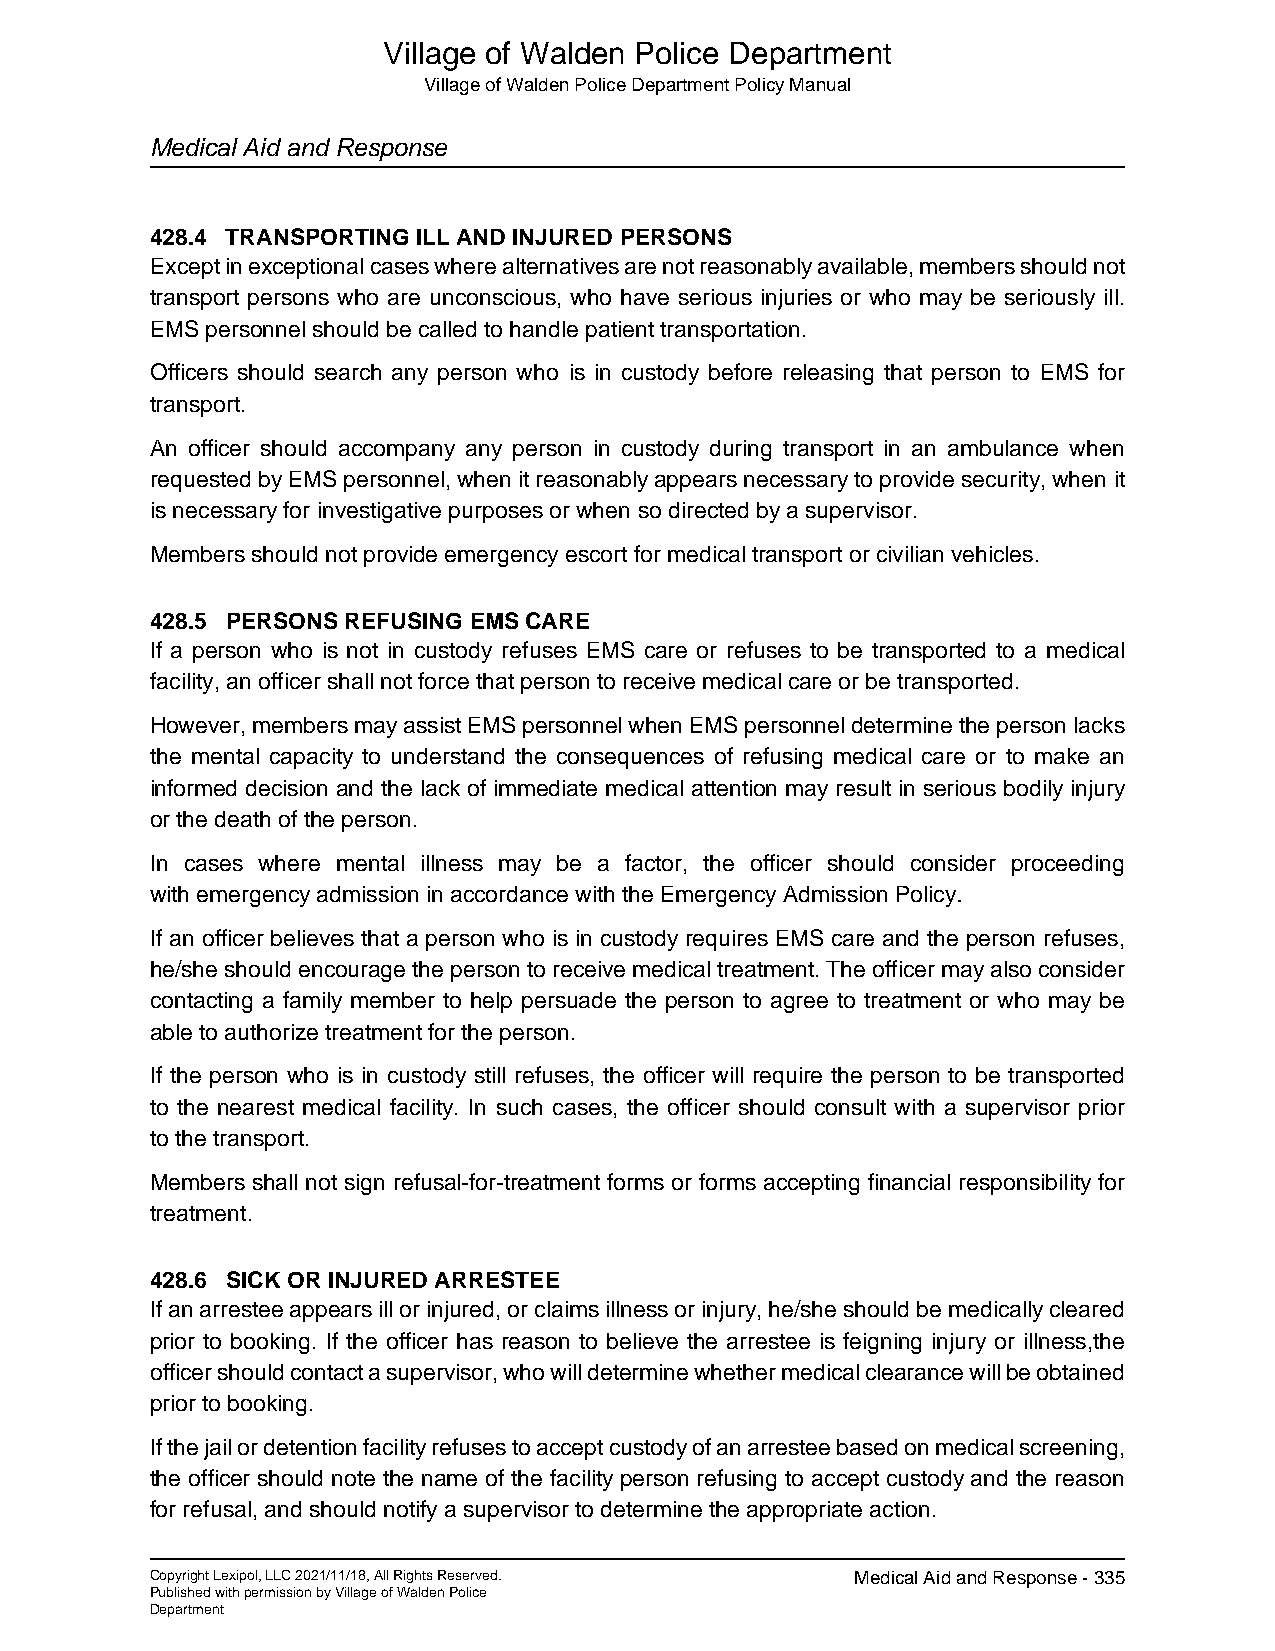
Village of Walden Police Department
 Village of Walden Police Department Policy Manual
 Medical Aid and Response
 428.4 TRANSPORTING ILL AND INJURED PERSONS
 Except in exceptional cases where alternatives are not reasonably available, members should not
 transport persons who are unconscious, who have serious injuries or who may be seriously ill.
 EMS personnel should be called to handle patient transportation.
 Officers should search any person who is in custody before releasing that person to EMS for
 transport.
 An officer should accompany any person in custody during transport in an ambulance when
 requested by EMS personnel, when it reasonably appears necessary to provide security, when it
 is necessary for investigative purposes or when so directed by a supervisor.
 Members should not provide emergency escort for medical transport or civilian vehicles.
 428.5 PERSONS REFUSING EMS CARE
 If a person who is not in custody refuses EMS care or refuses to be transported to a medical
 facility, an officer shall not force that person to receive medical care or be transported.
 However, members may assist EMS personnel when EMS personnel determine the person lacks
 the mental capacity to understand the consequences of refusing medical care or to make an
 informed decision and the lack of immediate medical attention may result in serious bodily injury
 or the death of the person.
 In cases where mental illness may be a factor, the officer should consider proceeding
 with emergency admission in accordance with the Emergency Admission Policy.
 If an officer believes that a person who is in custody requires EMS care and the person refuses,
 he/she should encourage the person to receive medical treatment. The officer may also consider
 contacting a family member to help persuade the person to agree to treatment or who may be
 able to authorize treatment for the person.
 If the person who is in custody still refuses, the officer will require the person to be transported
 to the nearest medical facility. In such cases, the officer should consult with a supervisor prior
 to the transport.
 Members shall not sign refusal-for-treatment forms or forms accepting financial responsibility for
 treatment.
 428.6 SICK OR INJURED ARRESTEE
 If an arrestee appears ill or injured, or claims illness or injury, he/she should be medically cleared
 prior to booking. If the officer has reason to believe the arrestee is feigning injury or illness,the
 officer should contact a supervisor, who will determine whether medical clearance will be obtained
 prior to booking.
 If the jail or detention facility refuses to accept custody of an arrestee based on medical screening,
 the officer should note the name of the facility person refusing to accept custody and the reason
 for refusal, and should notify a supervisor to determine the appropriate action.
 Copyright Lexipol, LLC 2021/11/18, All Rights Reserved. Medical Aid and Response - 335
 Published with permission by Village of Walden Police
 Department